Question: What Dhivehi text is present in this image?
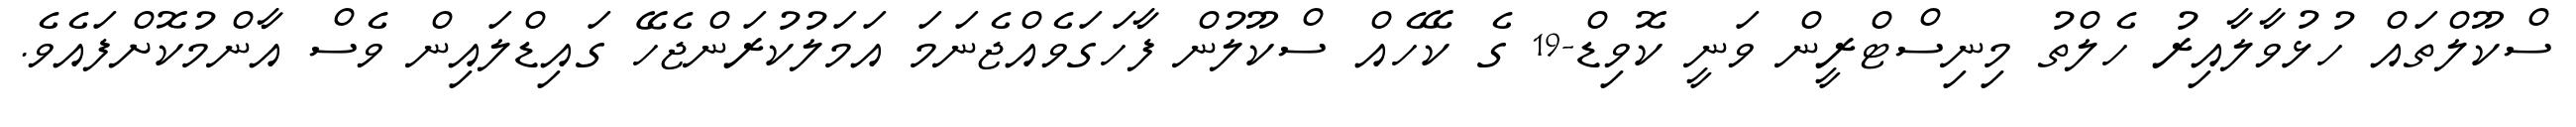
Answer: ސްކޫލްތައް ހުޅުވާލާއިރު ހެލްތު މިނިސްޓްރީން ވަނީ ކޮވިޑް-19 ގެ ކޭހެއް ސްކޫލުން ފާހަގަވެއްޖެނަމަ އަމަލުކުރަންޖެހޭ ގައިޑްލައިން ވެސް އާންމުކޮށްފައެވެ.